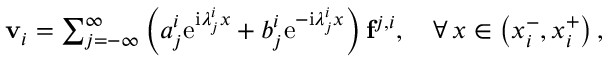
\begin{array} { r } { \mathbf { v } _ { i } = \sum _ { j = - \infty } ^ { \infty } \left( a _ { j } ^ { i } \mathrm { e } ^ { \mathrm { i } \lambda _ { j } ^ { i } x } + b _ { j } ^ { i } \mathrm { e } ^ { - \mathrm { i } \lambda _ { j } ^ { i } x } \right) \mathbf { f } ^ { j , i } , \quad \forall \, x \in \left( x _ { i } ^ { - } , x _ { i } ^ { + } \right) , } \end{array}